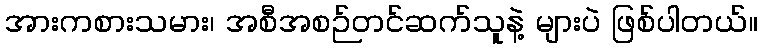
အားကစားသမား၊ အစီအစဉ်တင်ဆက်သူနဲ့ များပဲ ဖြစ်ပါတယ်။